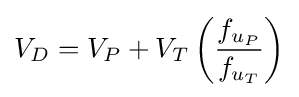
{V_{D}}={V_{P}}+{V_{T}}\left({\frac {f_{u_{P}}}{f_{u_{T}}}}\right)